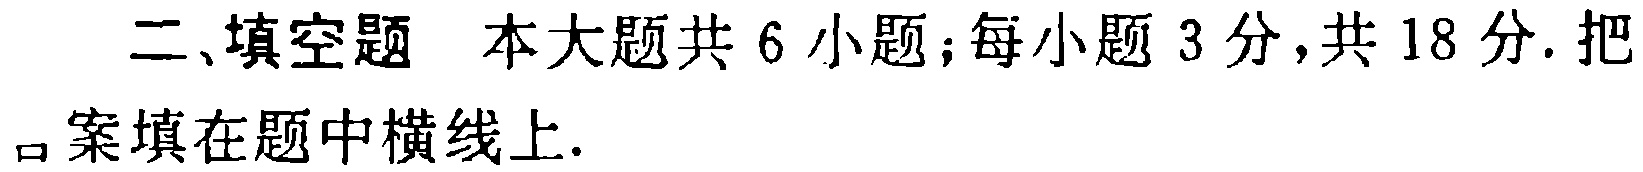
二、填空题 本大题共6小题；每小题3分，共18分. 把

答案填在题中横线上.